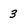
Character: 3